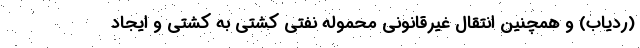
(ردیاب) و همچنین انتقال غیرقانونی محموله نفتی کشتی به کشتی و ایجاد